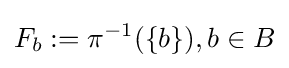
F_{b}:=\pi ^{-1}(\{b\}),b\in B